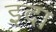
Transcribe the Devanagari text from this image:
इदा